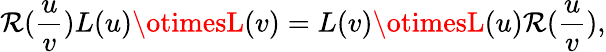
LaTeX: \mathcal{R}(\frac{{u}}{{v}})L(u)\otimesL(v)=L(v)\otimesL(u)\mathcal{R}(\frac{{u}}{{v}}),